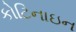
કોટિનાઇન